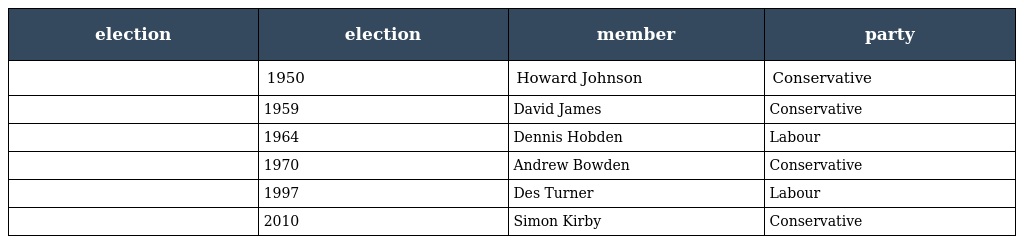
| election | election | member | party |
 | --- | --- | --- | --- |
 |  | 1950 | Howard Johnson | Conservative |
 |  | 1959 | David James | Conservative |
 |  | 1964 | Dennis Hobden | Labour |
 |  | 1970 | Andrew Bowden | Conservative |
 |  | 1997 | Des Turner | Labour |
 |  | 2010 | Simon Kirby | Conservative |